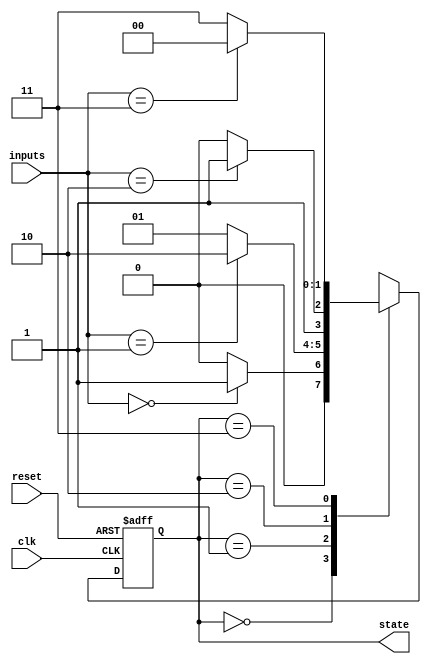
module state_machine (
  input wire clk,
  input wire reset,
  input wire [1:0] inputs,
  output reg [1:0] state
);

parameter S0 = 2'b00;
parameter S1 = 2'b01;
parameter S2 = 2'b10;
parameter S3 = 2'b11;

always @(posedge clk or posedge reset) begin
  if (reset) begin
    state <= S0;
  end else begin
    case(state)
      S0: begin
        if (inputs == 2'b00) begin
          state <= S1;
        end else begin
          state <= S0;
        end
      end
      
      S1: begin
        if (inputs == 2'b01) begin
          state <= S2;
        end else begin
          state <= S1;
        end
      end
      
      S2: begin
        if (inputs == 2'b10) begin
          state <= S3;
        end else begin
          state <= S2;
        end
      end
      
      S3: begin
        if (inputs == 2'b11) begin
          state <= S0;
        end else begin
          state <= S3;
        end
      end
    endcase
  end
end

endmodule